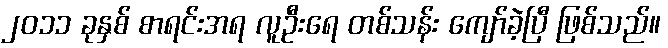
၂၀၁၁ ခုနှစ် စာရင်းအရ လူဦးရေ တစ်သန်း ကျော်ခဲ့ပြီ ဖြစ်သည်။